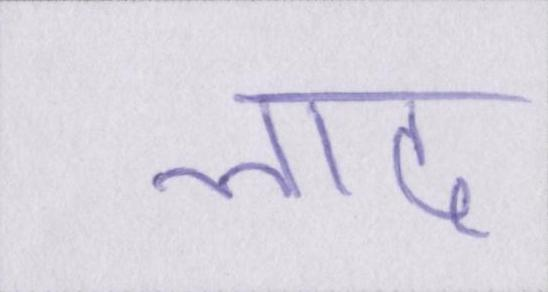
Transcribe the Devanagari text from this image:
लाद